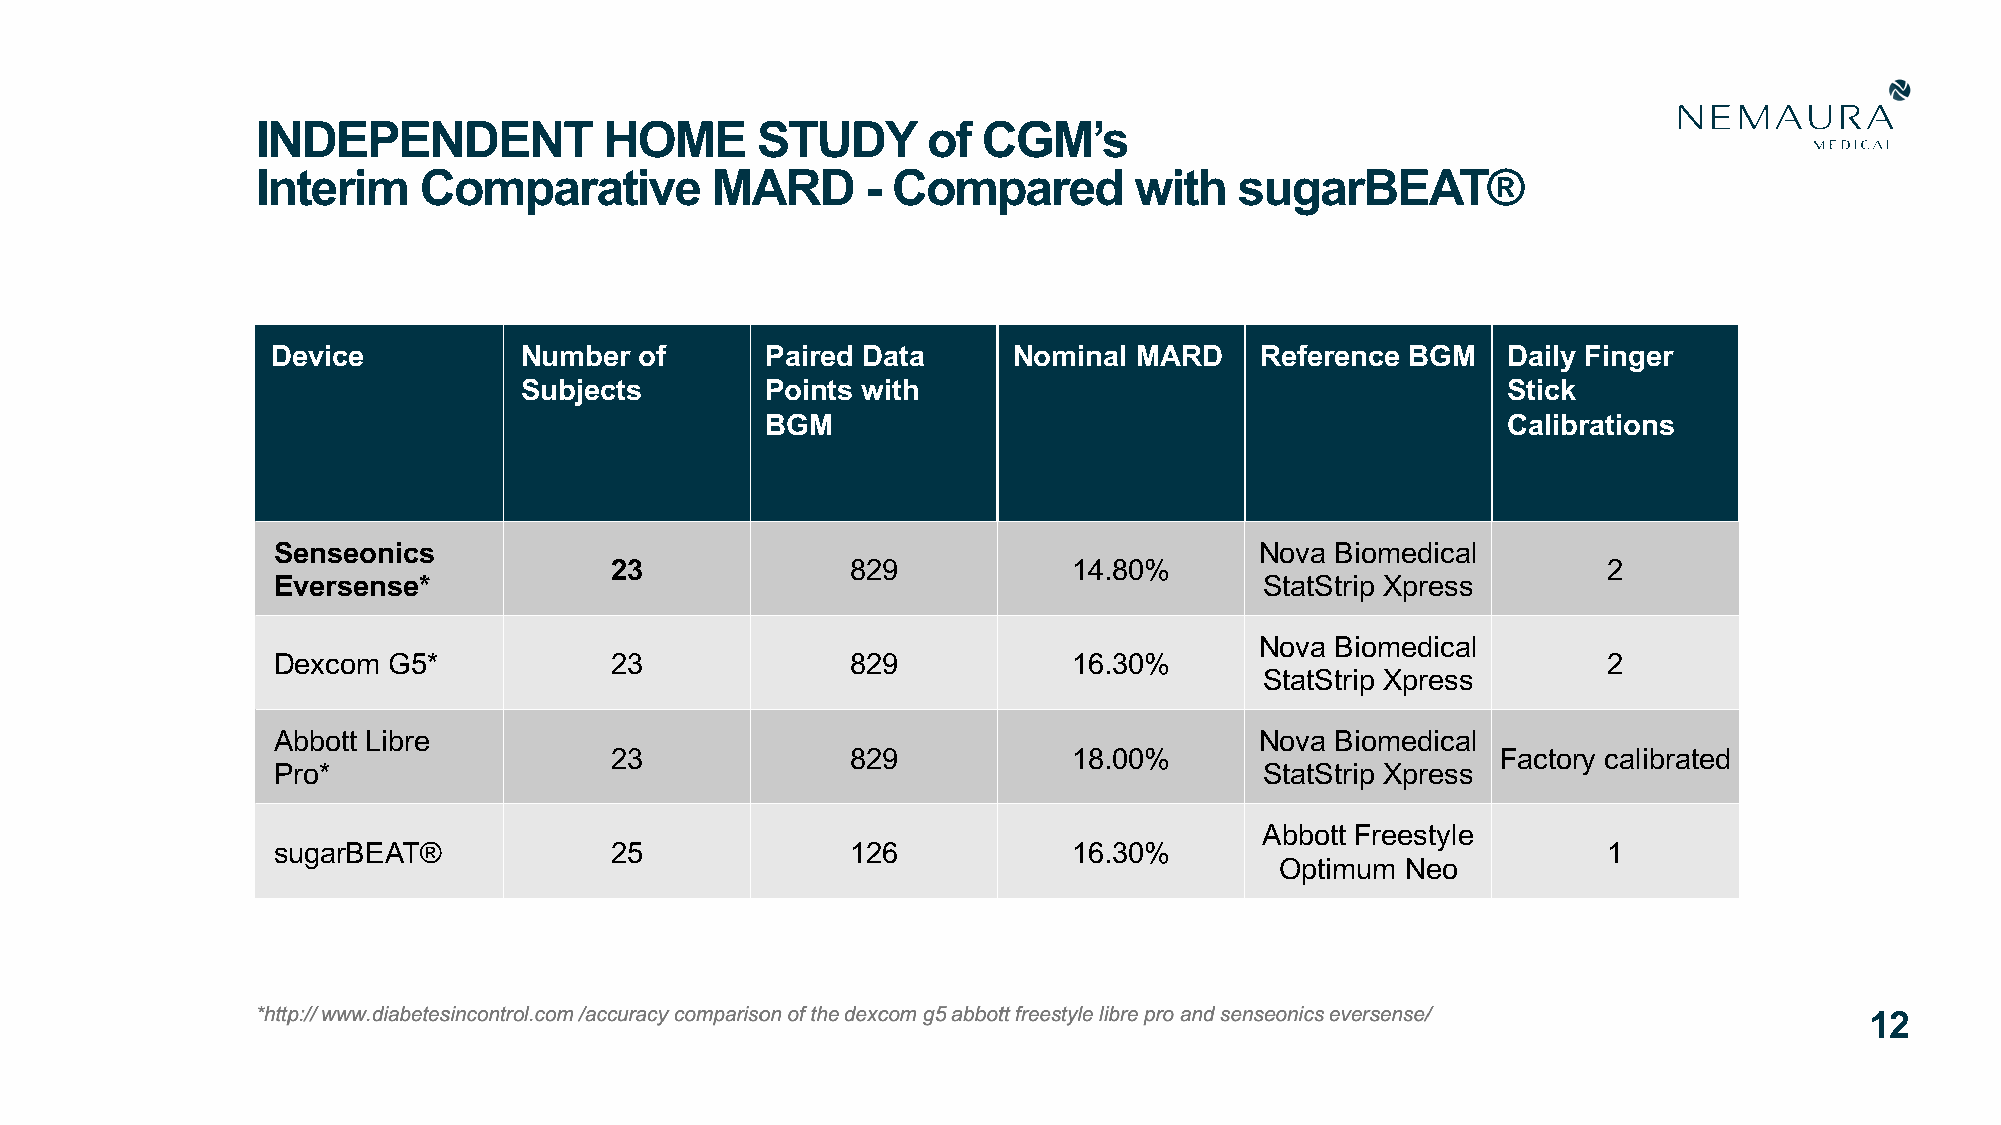
INDEPENDENT            HOME      STUDY      of  CGM’s
 Interim    Comparative        MARD      - Compared        with   sugarBEAT®
 Device          Number  of       Paired Data     Nominal MARD    Reference BGM    Daily Finger
 Subjects         Points with                                      Stick
 BGM                                              Calibrations
 Senseonics                                                       Nova Biomedical
 23              829            14.80%                             2
 Eversense*                                                        StatStrip Xpress
 Nova Biomedical
 Dexcom  G5*           23              829            16.30%                             2
 StatStrip Xpress
 Abbott Libre                                                     Nova Biomedical
 23              829            18.00%                      Factory calibrated
 Pro*                                                              StatStrip Xpress
 Abbott Freestyle
 sugarBEAT®            25              126            16.30%                             1
 Optimum Neo
 12